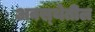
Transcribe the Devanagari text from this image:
अवस्‍थेतील